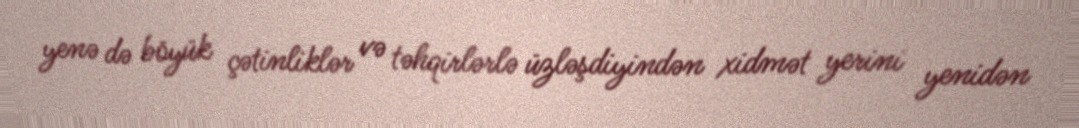
yenə də böyük çətinliklər və təhqirlərlə üzləşdiyindən xidmət yerini yenidən